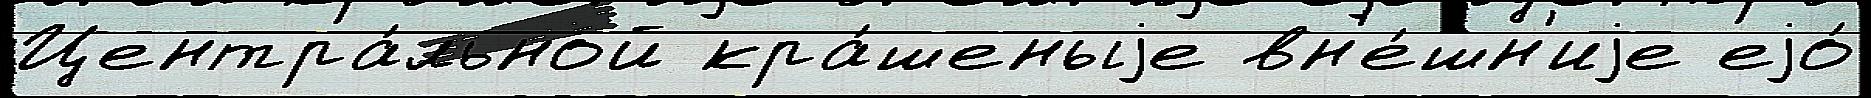
Центра́льной кра́шеныjе вн'е́шн'иjе еjо́